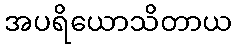
အပရိယောသိတာယ